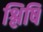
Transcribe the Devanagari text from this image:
श्लिषि